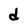
Character: d